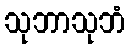
သုဘာသုဘံ